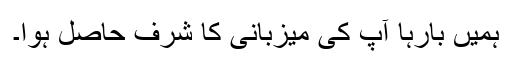
ہمیں بارہا آپ کی میزبانی کا شرف حاصل ہوا۔